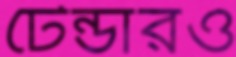
টেন্ডারও